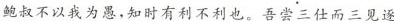
鲍叔不以我为愚，知时有利不利也。吾尝三仕而三见逐